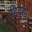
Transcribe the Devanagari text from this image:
हिंदुही